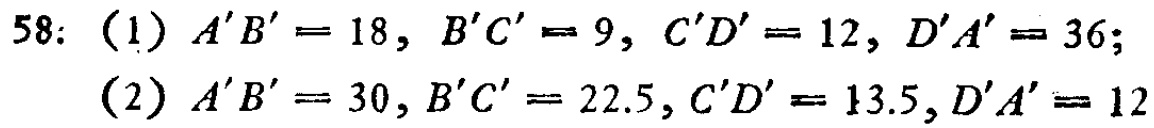
58: (1) \(A'B' = 18, B'C' = 9, C'D' = 12, D'A' = 36\);
(2) \(A'B' = 30, B'C' = 22.5, C'D' = 13.5, D'A' = 12\)